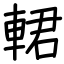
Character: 輑